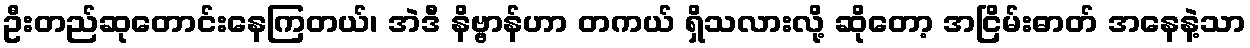
ဦးတည်ဆုတောင်းနေကြတယ်၊ အဲဒီ နိဗ္ဗာန်ဟာ တကယ် ရှိသလားလို့ ဆိုတော့ အငြိမ်းဓာတ် အနေနဲ့သာ